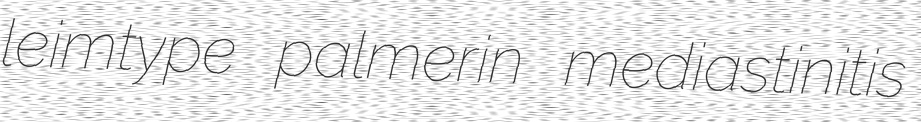
leimtype palmerin mediastinitis